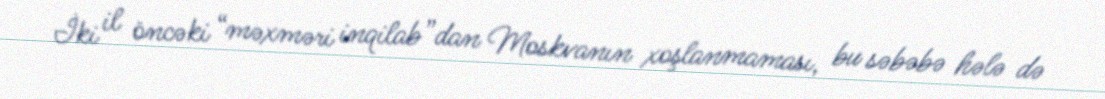
İki il öncəki “məxməri inqilab”dan Moskvanın xoşlanmaması, bu səbəbə hələ də